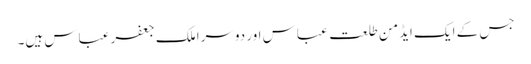
جس کے ایک ایڈمن طلعت عباس اور دوسرا ملک جعفر عباس ہیں۔